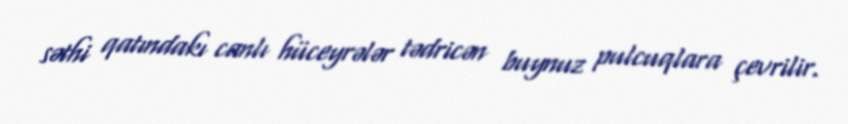
səthi qatındakı canlı hüceyrələr tədricən buynuz pulcuqlara çevrilir.